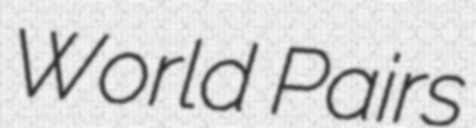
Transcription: World Pairs